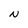
Character: N